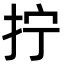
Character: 拧